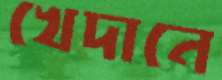
খেদানে